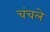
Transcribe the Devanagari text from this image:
चंचले